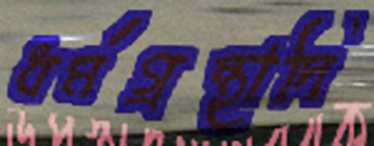
ধর্মগ্রন্থাদি